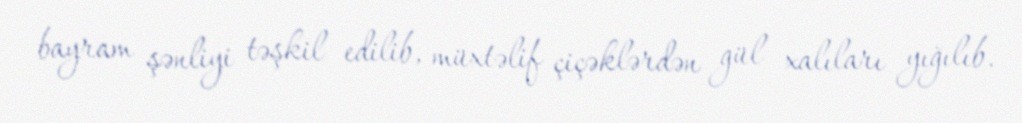
bayram şənliyi təşkil edilib, müxtəlif çiçəklərdən gül xalıları yığılıb.